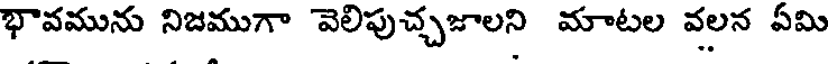
భావమును నిజముగా వెలిపుచ్చజాలని మాటల వలన ఏమి